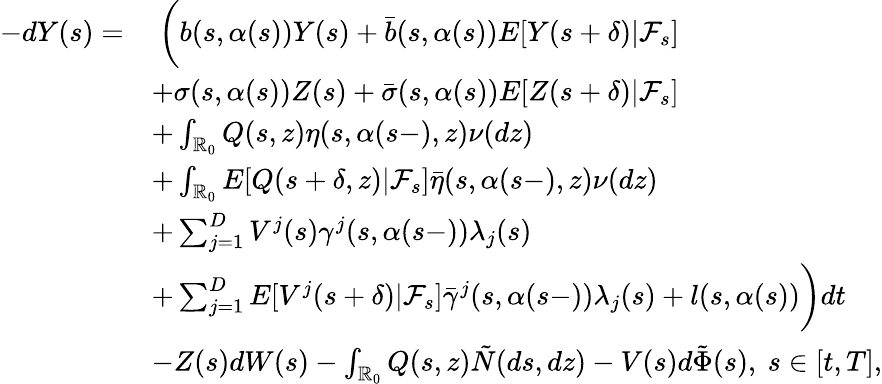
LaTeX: \begin{array}{rl}{-dY(s)=}&{\ \biggl(b(s,\alpha(s))Y(s)+\bar{b}(s,\alpha(s))E[Y(s+\delta)|\mathcal{F}_{s}]}\\ &{+\sigma(s,\alpha(s))Z(s)+\bar{\sigma}(s,\alpha(s))E[Z(s+\delta)|\mathcal{F}_{s}]}\\ &{+\int_{\mathbb{R}_{0}}Q(s,z)\eta(s,\alpha(s-),z)\nu(dz)}\\ &{+\int_{\mathbb{R}_{0}}E[Q(s+\delta,z)|\mathcal{F}_{s}]\bar{\eta}(s,\alpha(s-),z)\nu(dz)}\\ &{+\sum_{j=1}^{D}V^{j}(s)\gamma^{j}(s,\alpha(s-))\lambda_{j}(s)}\\ &{+\sum_{j=1}^{D}E[V^{j}(s+\delta)|\mathcal{F}_{s}]\bar{\gamma}^{j}(s,\alpha(s-))\lambda_{j}(s)+l(s,\alpha(s))\biggr)dt}\\ &{-Z(s)dW(s)-\int_{\mathbb{R}_{0}}Q(s,z)\tilde{N}(ds,dz)-V(s)d\tilde{\Phi}(s),\ s\in[t,T],}\end{array}